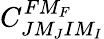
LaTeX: C_{JM_{J}IM_{I}}^{FM_{F}}